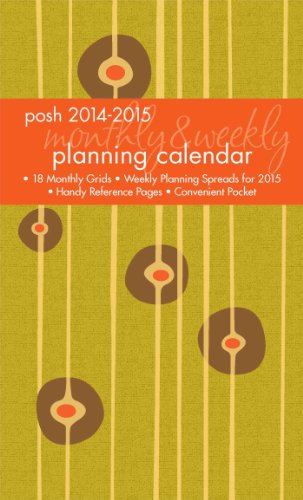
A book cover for Posh: Mod Century 2014-2015 Monthly/Weekly Planning Calendar; Andrews McMeel Publishing LLC; Calendars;